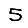
Digit: 5